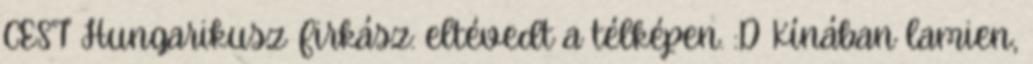
CEST Hungarikusz Firkász: eltévedt a télképen. :D Kínában lamien,